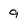
Character: 9